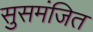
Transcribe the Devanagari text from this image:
सुसमंजित